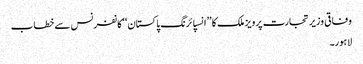
وفاقی وزیر تجارت پرویز ملک کا ’’انسپائرنگ پاکستان‘‘کانفرنس سے خطاب
لاہور۔